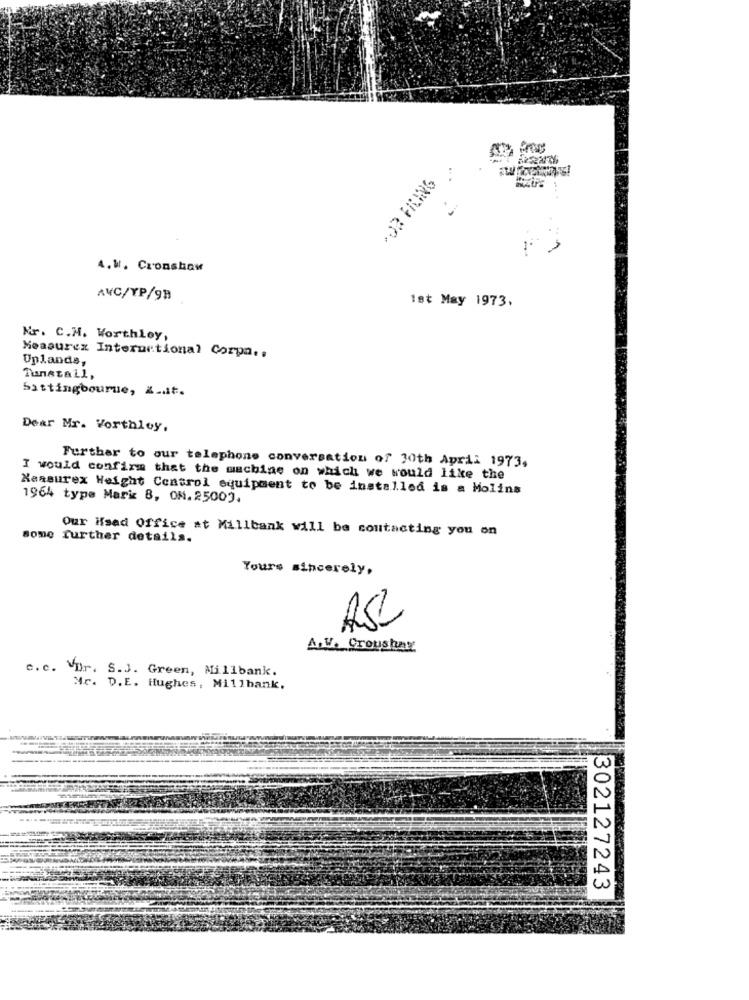
4.W. Cronshow
AVC/YP/93
Ist May 1973,
Mr. C.M. Worthley,
Measurez International Corpa ..
Uplands,
Tunstall,
Sittingbourne, Z_at.
Dear Mr. Vorthloy,
Further to our telephone conversation of 30th April 1973.
I would confirm that the machine on which we would like the
Xaasurex Weight Control equipment to be installed is a Molins
1964 type Mark 8, ON.25009.
Our Head Office at Millbank will be contacting you on
some further details.
Yours sincerely,
ASL
A.V. Croushay
c.c. VDr. S.J. Green, Millbank.
Mr. D.E. Hughes, Millbank,
302127243